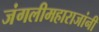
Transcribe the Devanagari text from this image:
जंगलीमहाराजांनी